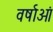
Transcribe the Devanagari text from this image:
वर्षाओं